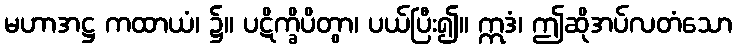
မဟာအဋ္ဌ ကထာယံ၊ ၌။ ပဋိက္ခိပိတွာ၊ ပယ်ပြီး၍။ ဣဒံ၊ ဤဆိုအပ်လတံသော